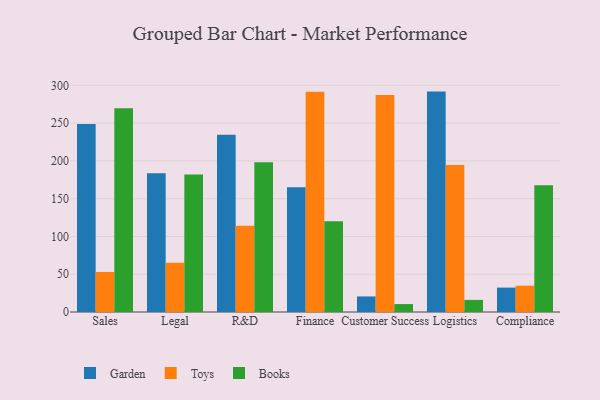
{"axis": {"x": "Department", "y": "Latency (ms)"}, "legend": ["Books", "Garden", "Toys"], "data": [{"x": "Sales", "y": 248.7, "type": "Garden"}, {"x": "Sales", "y": 53.0, "type": "Toys"}, {"x": "Sales", "y": 269.5, "type": "Books"}, {"x": "Legal", "y": 183.8, "type": "Garden"}, {"x": "Legal", "y": 65.2, "type": "Toys"}, {"x": "Legal", "y": 182.1, "type": "Books"}, {"x": "R&D", "y": 234.7, "type": "Garden"}, {"x": "R&D", "y": 114.0, "type": "Toys"}, {"x": "R&D", "y": 198.2, "type": "Books"}, {"x": "Finance", "y": 165.0, "type": "Garden"}, {"x": "Finance", "y": 291.5, "type": "Toys"}, {"x": "Finance", "y": 120.0, "type": "Books"}, {"x": "Customer Success", "y": 20.6, "type": "Garden"}, {"x": "Customer Success", "y": 287.3, "type": "Toys"}, {"x": "Customer Success", "y": 10.5, "type": "Books"}, {"x": "Logistics", "y": 291.7, "type": "Garden"}, {"x": "Logistics", "y": 194.7, "type": "Toys"}, {"x": "Logistics", "y": 16.0, "type": "Books"}, {"x": "Compliance", "y": 32.3, "type": "Garden"}, {"x": "Compliance", "y": 34.8, "type": "Toys"}, {"x": "Compliance", "y": 167.9, "type": "Books"}]}